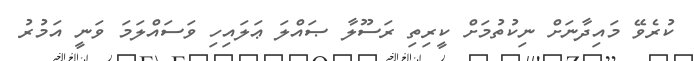
ކުރެވޭ މައިދާނަށް ނިކުތުމަށް ކީރިތި ރަސޫލާ ޞައްލަ ޢަލައިހި ވަސައްލަމަ ވަނީ އަމުރު